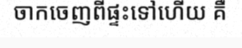
ចាកចេញពីផ្ទះទៅហើយ គឺ